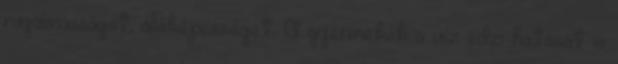
rugalmasságot, állóképességet. A gyermekek a víz edzı hatását is